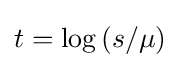
{\textstyle t=\log \left(s/\mu \right)}